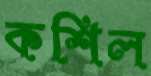
কশিল